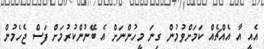
އެއީ އާ އެއްޗެއް ކަމަށްވުމުން ގިނަ މީހުންނަށް އެ ބޭނުންކުރުމަށް ފަސް ޖެހެމުން